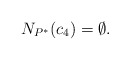
\begin{align*}N_{P^*}(c_4)=\emptyset.\end{align*}